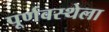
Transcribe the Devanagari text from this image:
पूर्णवस्थेला